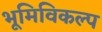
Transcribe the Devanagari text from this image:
भूमिविकल्प